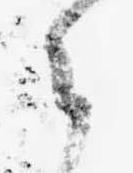
々